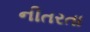
નીતરતા